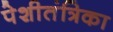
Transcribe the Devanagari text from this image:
पेशीतंत्रिका